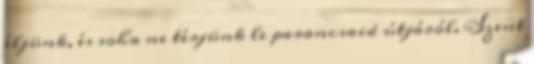
éljünk, és soha ne térjünk le parancsaid útjáról. Szent